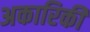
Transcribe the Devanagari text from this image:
अकारिकी